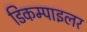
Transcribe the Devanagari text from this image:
डिकम्पाइलर